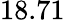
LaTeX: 18.71